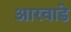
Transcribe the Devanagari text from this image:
आरवाडे